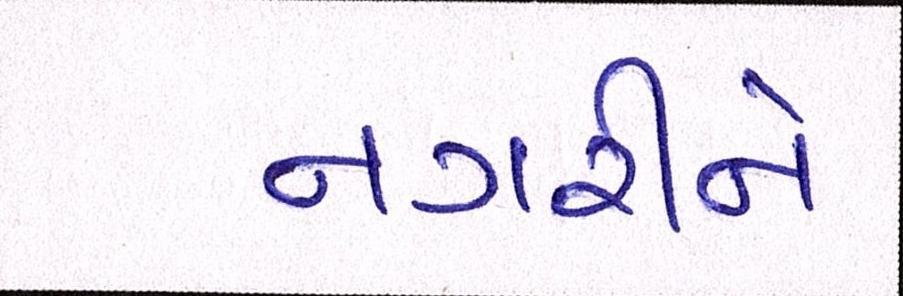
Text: નગરીને